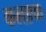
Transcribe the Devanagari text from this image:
कलङक